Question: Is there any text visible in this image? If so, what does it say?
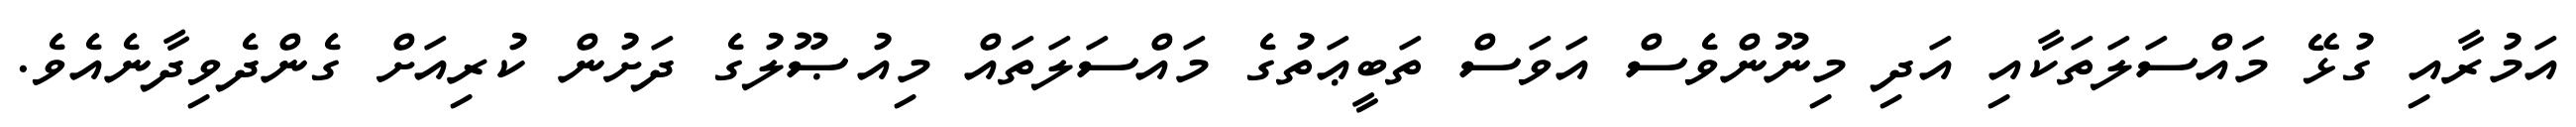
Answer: އަމުރާއި ގުޅޭ މައްސަލަތަކާއި އަދި މިނޫންވެސް އަވަސް ތަބީޢަތުގެ މައްސަލަތައް މިއުޞޫލުގެ ދަށުން ކުރިއަށް ގެންދެވިދާނެއެވެ.